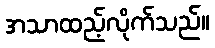
အသာထည့်လိုက်သည်။